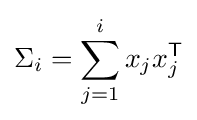
\Sigma _{i}=\sum _{j=1}^{i}x_{j}x_{j}^{\mathsf {T}}